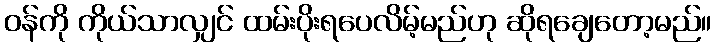
ဝန်ကို ကိုယ်သာလျှင် ထမ်းပိုးရပေလိမ့်မည်ဟု ဆိုရချေတော့မည်။